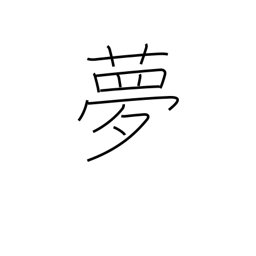
Meaning: vision